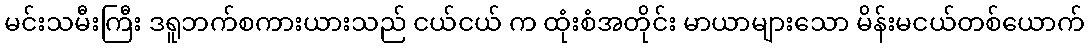
မင်းသမီးကြီး ဒရူဘက်စကားယားသည် ငယ်ငယ် က ထုံးစံအတိုင်း မာယာများသော မိန်းမငယ်တစ်ယောက်